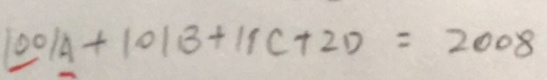
1 0 0 1 A + 1 0 1 B + 1 1 C + 2 D = 2 0 0 8